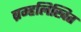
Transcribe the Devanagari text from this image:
ब्रम्हलिखित